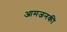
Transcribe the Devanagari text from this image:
आमजनकी